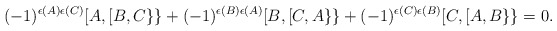
\begin{align*}(-1)^{\epsilon(A)\epsilon(C)}[A,[B,C\}\}+(-1)^{\epsilon(B)\epsilon(A)}[B,[C,A\}\}+(-1)^{\epsilon(C)\epsilon(B)}[C,[A,B\}\}=0.\end{align*}